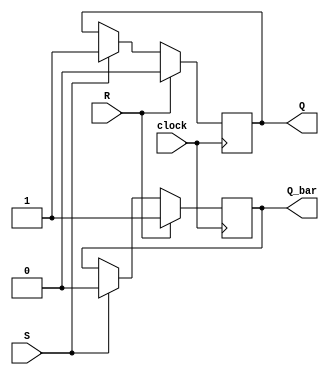
module Gated_SR_FF (
  input clock,
  input S,
  input R,
  output reg Q,
  output reg Q_bar
);

always @(posedge clock) begin
  if (R) begin
    Q <= 0;
    Q_bar <= 1;
  end else if (S) begin
    Q <= 1;
    Q_bar <= 0;
  end
end

endmodule